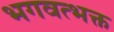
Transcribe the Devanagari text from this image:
भगवत्भक्त